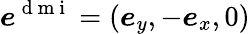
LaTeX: \boldsymbol{e}^{\mathrm{~d~m~i~}}=(\boldsymbol{e}_{y},-\boldsymbol{e}_{x},0)